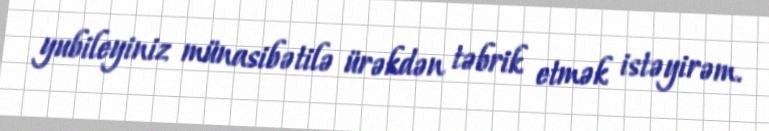
yubileyiniz münasibətilə ürəkdən təbrik etmək istəyirəm.